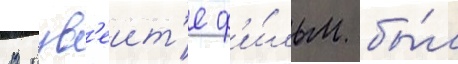
В кув'еит'е ф'и́льм бы́л